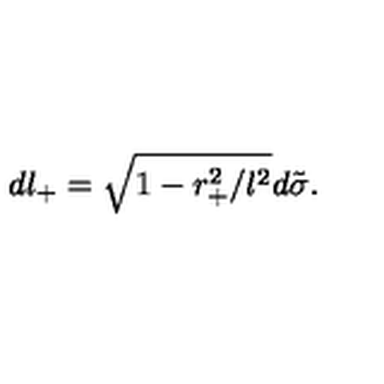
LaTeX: d l _ { + } = \sqrt { 1 - r _ { + } ^ { 2 } / l ^ { 2 } } d \tilde { \sigma } .